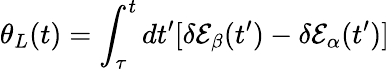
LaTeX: \theta_{L}(t)=\int_{\tau}^{t}dt^{\prime}[\delta\mathcal{E}_{\beta}(t^{\prime})-\delta\mathcal{E}_{\alpha}(t^{\prime})]